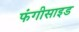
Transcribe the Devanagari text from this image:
फंगीसाइड